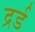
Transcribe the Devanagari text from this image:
द्रर्ड